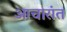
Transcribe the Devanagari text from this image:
आचारांत